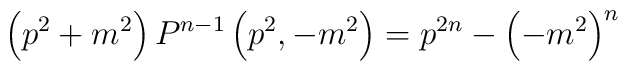
\left( p^2 + m^2 \right) P^{n-1} \left( p^2, -m^2 \right) =p^{2n} - {\left( -m^2\right)}^n